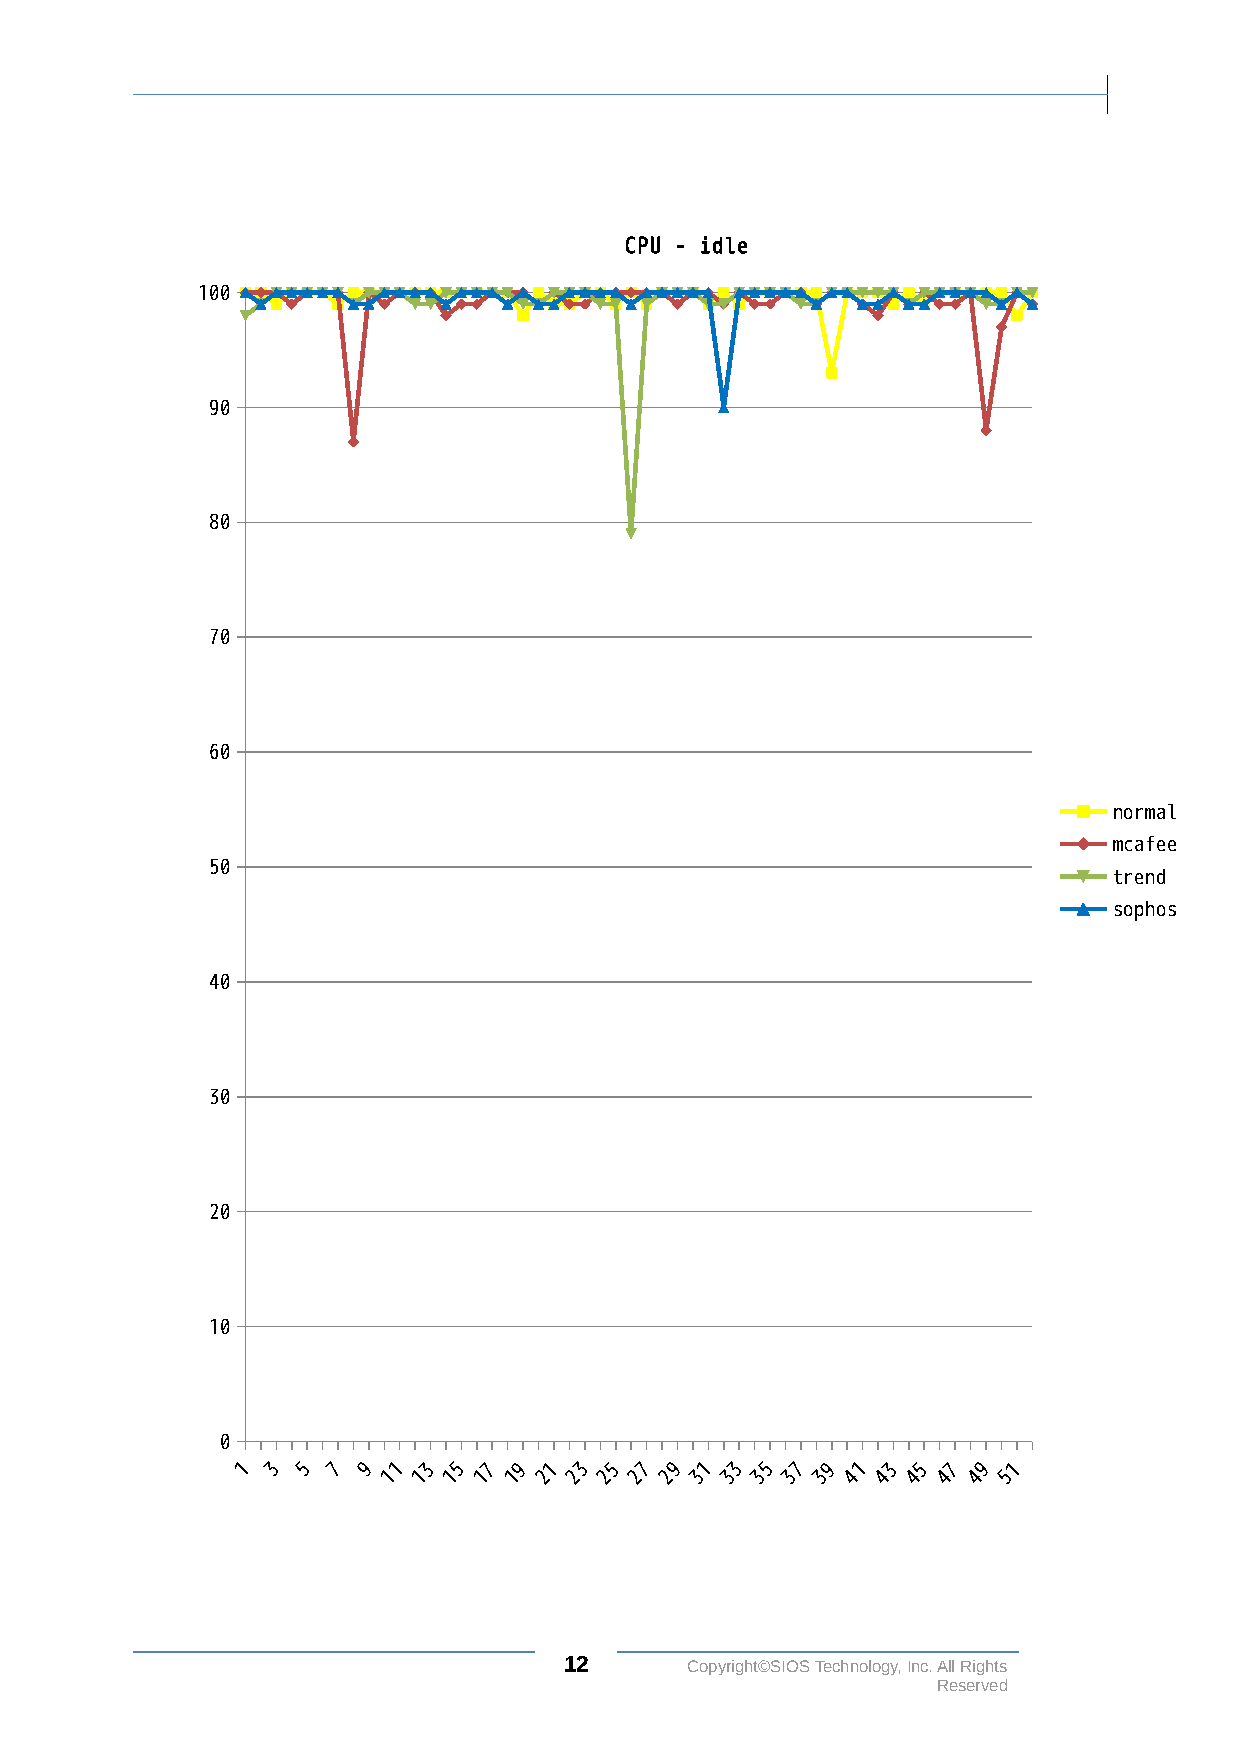
CPU - idle
 100
 90
 80
 70
 60
 normal
 mcafee
 50
 trend
 sophos
 40
 30
 20
 10
 0
 1 3 5 7 9 1 3 5 7 9 1 3 5 7 9 1  3 5 7 9 1 3 5 7 9 1
 1 1 1 1 1 2 2 2 2 2 3 3 3 3 3 4 4 4 4 4 5
 12      Copyright©SIOS Technology, Inc. All Rights
 Reserved